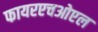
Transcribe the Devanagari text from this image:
फायरएचओएल